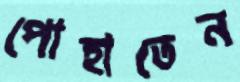
পোহাতেন